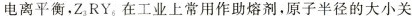
电离平衡，Z_{3}RY_{6}在工业上常用作助熔剂，原子半径的大小关